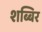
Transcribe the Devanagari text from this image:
शब्बिर